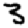
Digit: 3